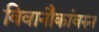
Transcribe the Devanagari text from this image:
विवानौकांवरुन